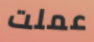
عملت